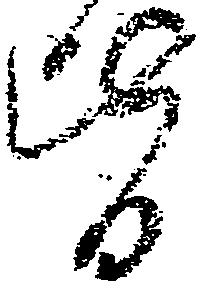
皆